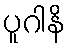
ပူဂါနိ